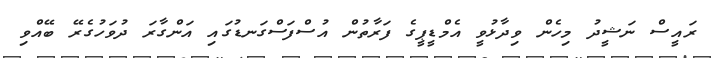
ރައީސް ނަޝީދު މިހެން ވިދާޅުވީ އެމްޑީޕީގެ ފަރާތުން އުސްފަސްގަނޑުގައި އަންގާރަ ދުވަހުގެރޭ ބޭއްވި